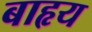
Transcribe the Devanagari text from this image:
बाहृय